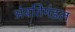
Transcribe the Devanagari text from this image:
अंवतिमंडल